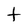
Character: t